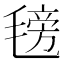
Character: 𣯊